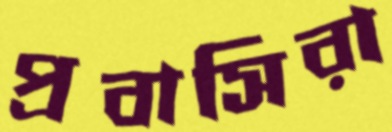
প্রবাসিরা